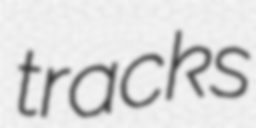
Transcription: tracks